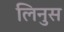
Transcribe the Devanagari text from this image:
लिनुस